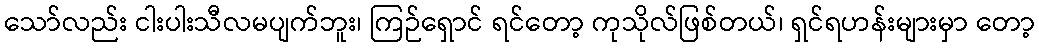
သော်လည်း ငါးပါးသီလမပျက်ဘူး၊ ကြဉ်ရှောင် ရင်တော့ ကုသိုလ်ဖြစ်တယ်၊ ရှင်ရဟန်းများမှာ တော့